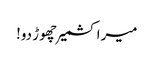
میرا کشمیر چھوڑ دو!